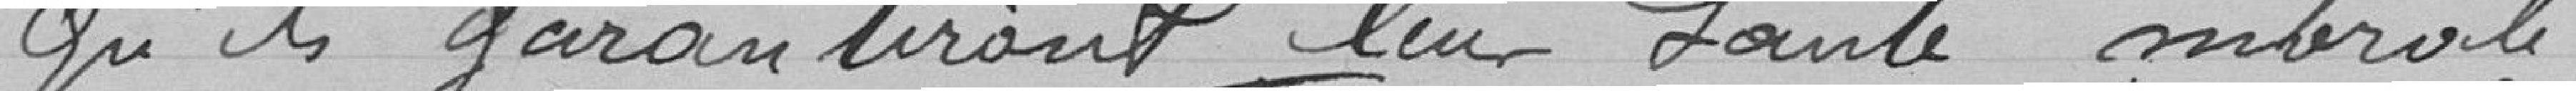
qu'ils garantiront leur santé morale .